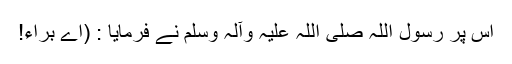
اِس پر رسول اللہ صلی اللہ علیہ وآلہ وسلم نے فرمایا : (اے براء!